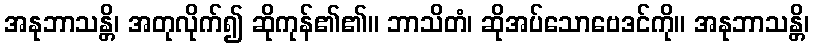
အနုဘာသန္တိ၊ အတုလိုက်၍ ဆိုကုန်၏၏။ ဘာသိတံ၊ ဆိုအပ်သောဗေဒင်ကို။ အနုဘာသန္တိ၊